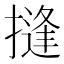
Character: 摓